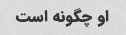
او چگونه است